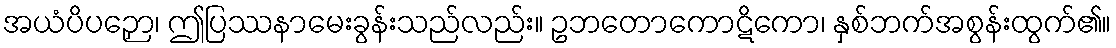
အယံပိပဉှော၊ ဤပြဿနာမေးခွန်းသည်လည်း။ ဥဘတောကောဋိကော၊ နှစ်ဘက်အစွန်းထွက်၏။